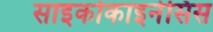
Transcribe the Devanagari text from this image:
साइकोकाइनेसिस